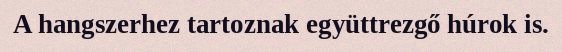
A hangszerhez tartoznak együttrezgő húrok is.